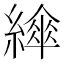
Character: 𦅮